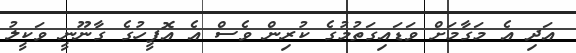
އަދި އެ މަގާމަށް ވަޑައިގަތުމުގެ ކުރިން ވެސް އެ އޮފީހުގެ ގާނޫނީ ވަކީލު